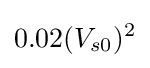
0.02(V_{s0})^{2}